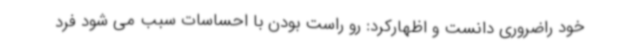
خود راضروری دانست و اظهارکرد: رو راست بودن با احساسات سبب می شود فرد